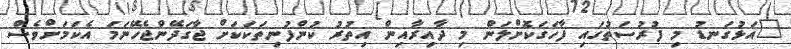
"އަޅުގަނޑު މި ފުރުސަތުގައި ފާހަގަކޮށްލަން މި ދާއިރާއިން އިތުރު ކުންފުނިތަކަކަށް ޖާގަދޭންޖެހޭނަމަ އެކަމަށްވެސް